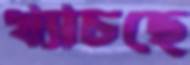
খ্যাচছে